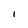
Character: l